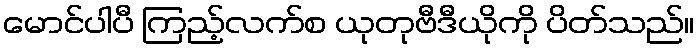
မောင်ပါပီ ကြည့်လက်စ ယုတုဗီဒီယိုကို ပိတ်သည်။